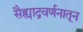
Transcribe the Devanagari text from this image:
सैह्याद्रवर्णनातून